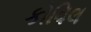
કોવિલ